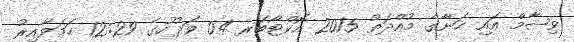
ވިޝާމް އައި ހަނާގެ މުއްދަތު 2015 އޮކްޓޯބަރ 04 ވަދުހުގެ 12:29 ހަމަވާއިރު